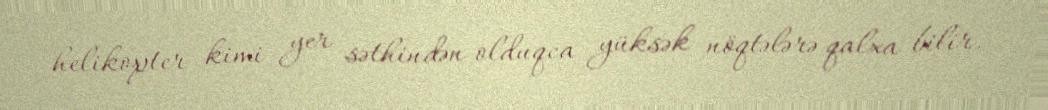
helikopter kimi yer səthindən olduqca yüksək nöqtələrə qalxa bilir.